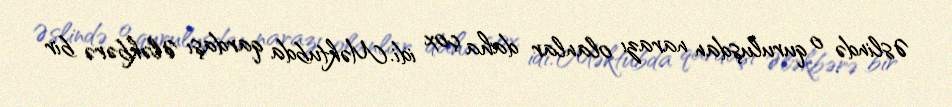
Əslində o quruluşdan narazı olanlar daha çox idi. Məktubda qardaşı Ələkbərə bir